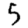
Digit: 5